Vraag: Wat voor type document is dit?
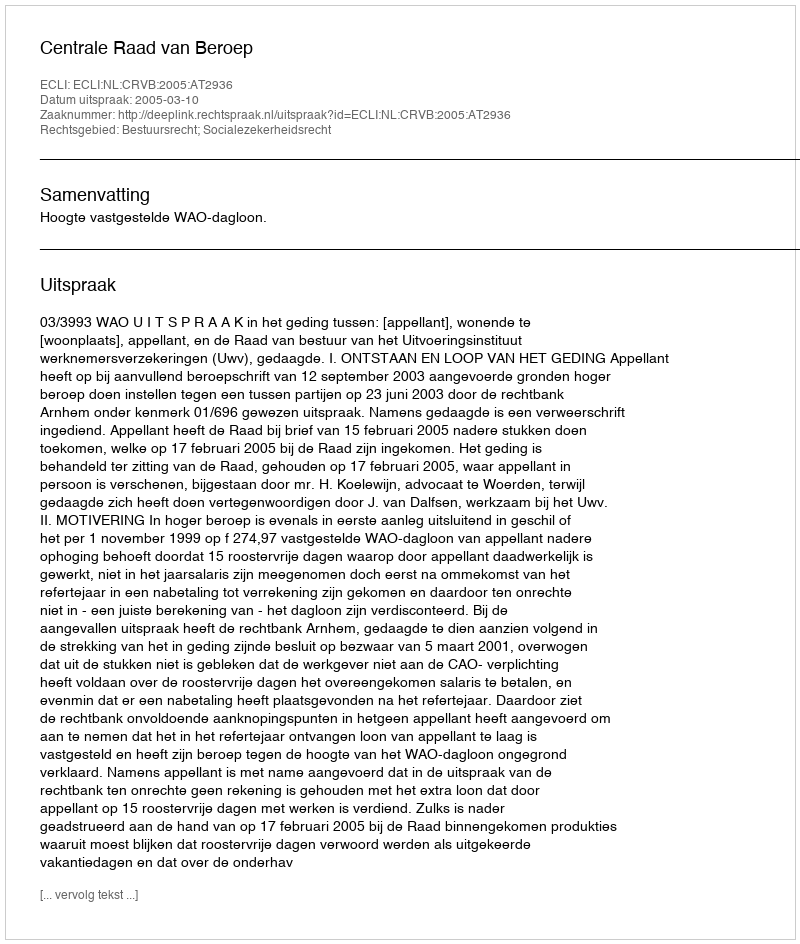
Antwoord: Uitspraak